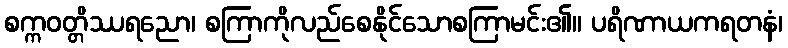
စက္ကဝတ္တိဿရညော၊ စကြာကိုလည်စေနိုင်သောစကြာမင်း၏။ ပရိဏာယကရတနံ၊